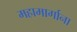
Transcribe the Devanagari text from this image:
महामार्गाना